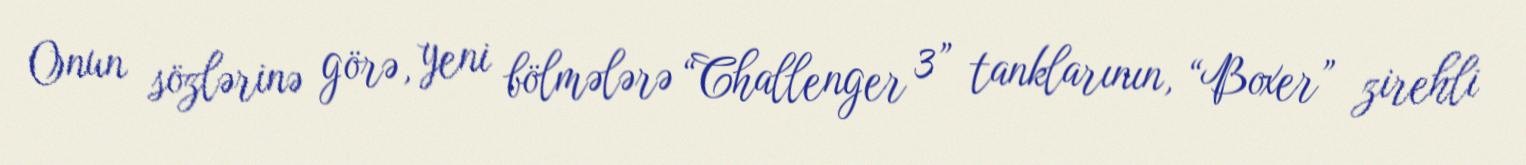
Onun sözlərinə görə, yeni bölmələrə “Challenger 3” tanklarının, “Boxer” zirehli